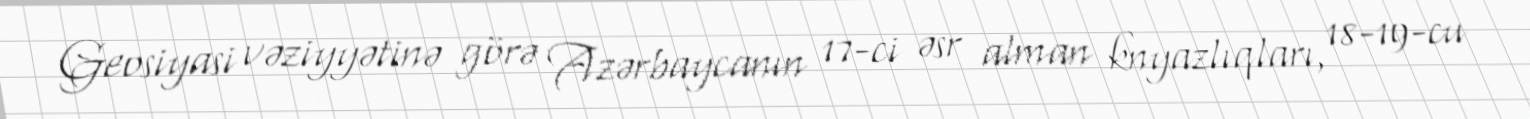
Geosiyasi vəziyyətinə görə Azərbaycanın 17-ci əsr alman knyazlıqları, 18-19-cu